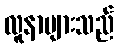
လူနာများသည်